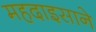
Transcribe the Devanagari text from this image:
महदाइसाने